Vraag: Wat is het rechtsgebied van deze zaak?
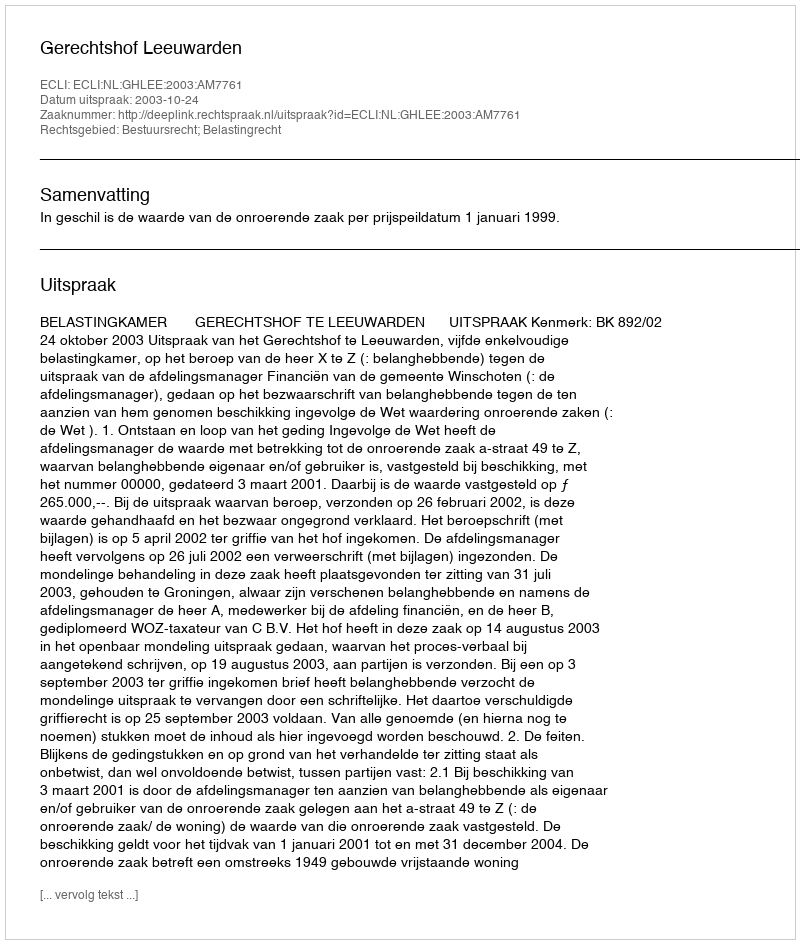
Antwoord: Bestuursrecht; Belastingrecht